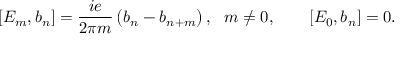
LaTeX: [ E _ { m } , b _ { n } ] = \frac { i e } { 2 \pi m } \left( b _ { n } - b _ { n + m } \right) , \ \ m \neq 0 , \qquad [ E _ { 0 } , b _ { n } ] = 0 .